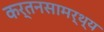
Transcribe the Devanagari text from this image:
कर्तनसामर्थ्य